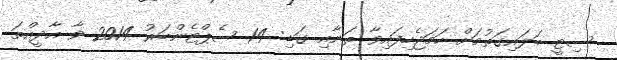
ސިޓީ ބަލައިގަތުމަށް ހަމަޖެހިފައިވާ ތަނާއި ގަޑި: 14 ސެޕްޓެންބަރު 2014 ވާ އާދީއްތަ